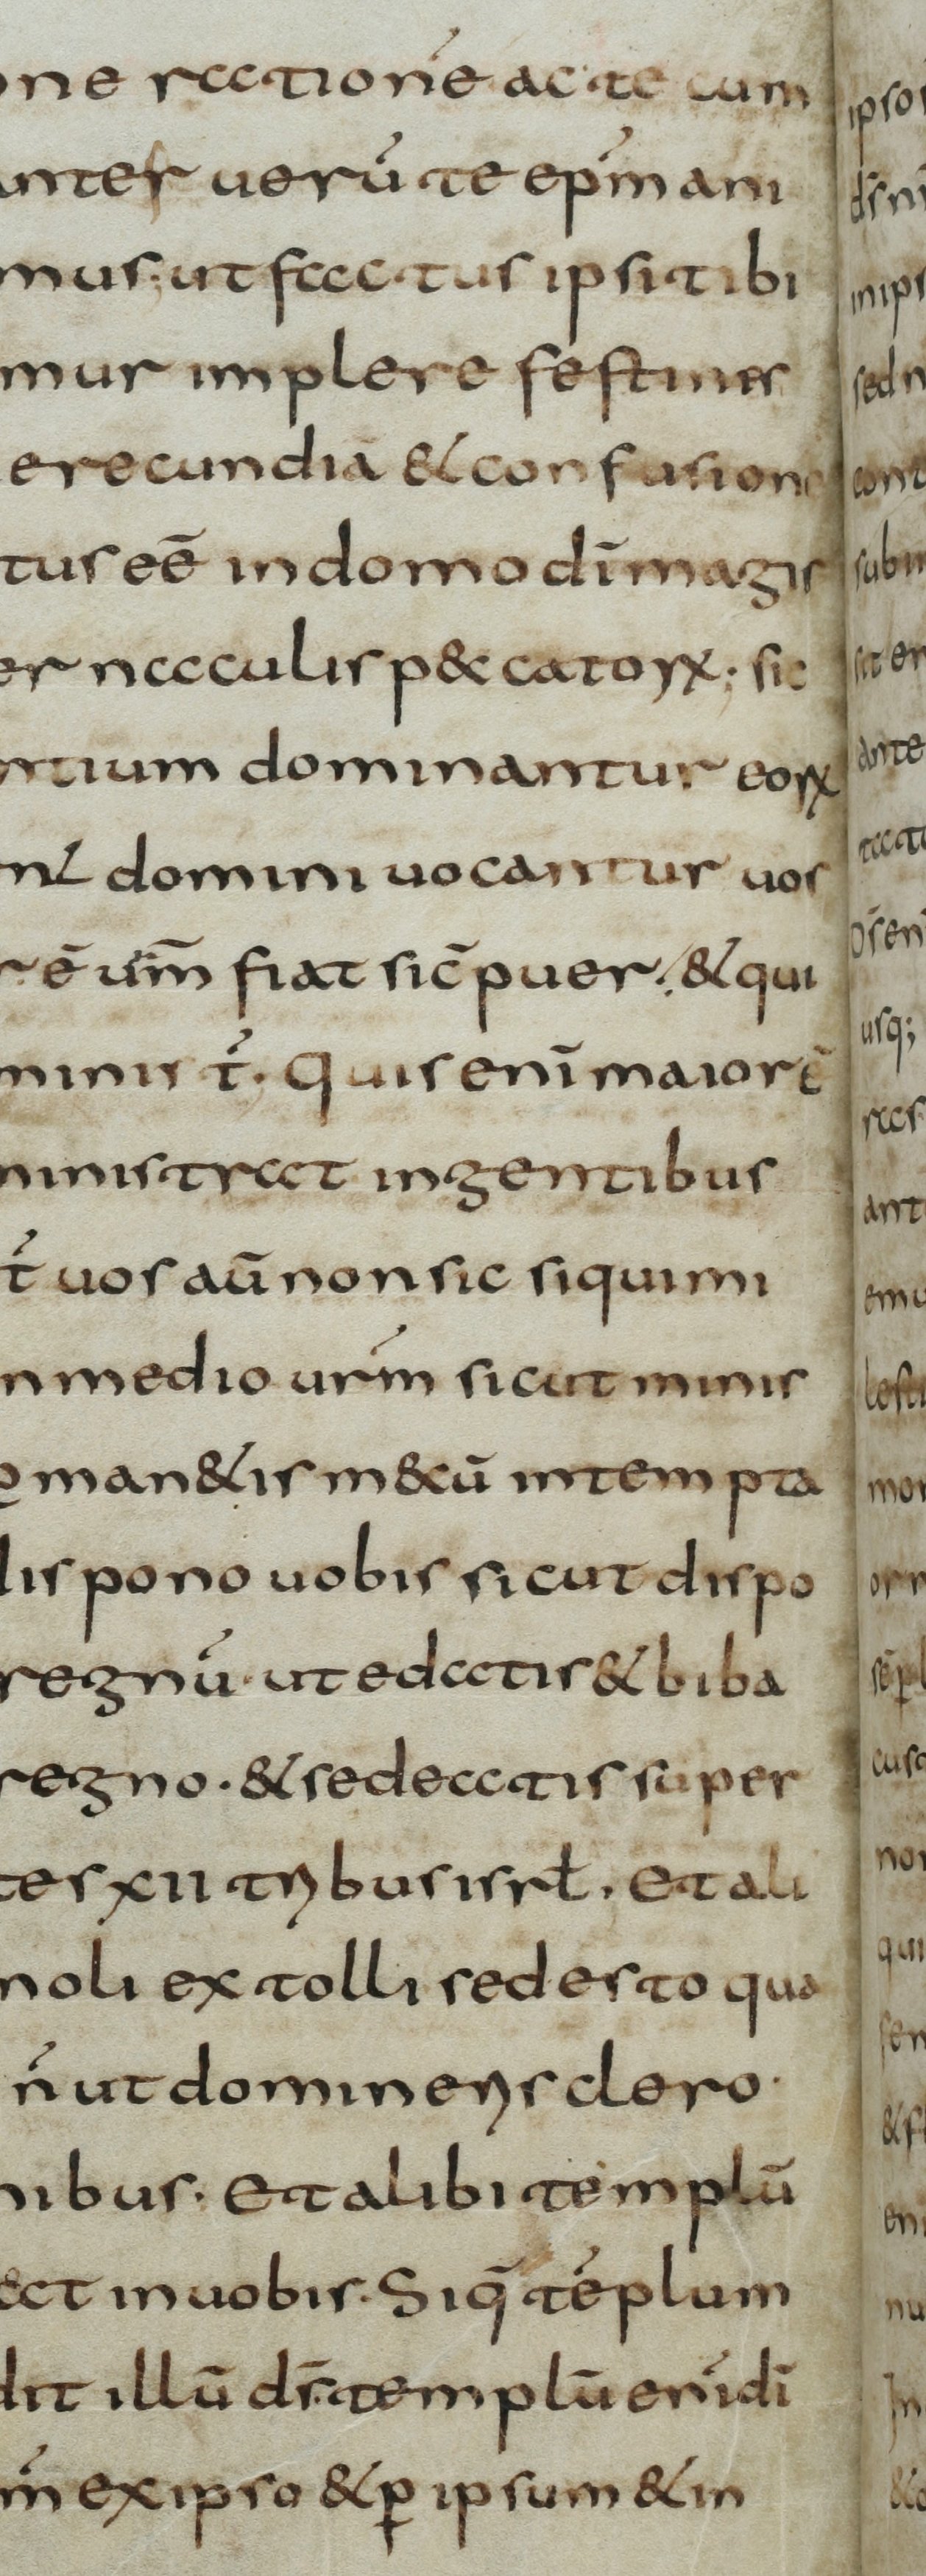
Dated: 800–830